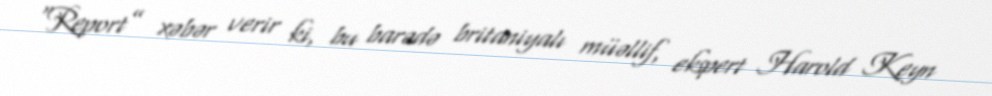
“Report” xəbər verir ki, bu barədə britaniyalı müəllif, ekspert Harold Keyn